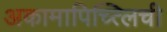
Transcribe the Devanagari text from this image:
अकामापिच्त्लिची